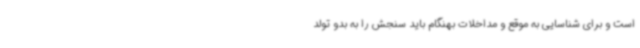
است و برای شناسایی به موقع و مداخلات بهنگام باید سنجش را به بدو تولد